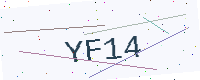
Text: YF14